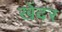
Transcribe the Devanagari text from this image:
खेंदर